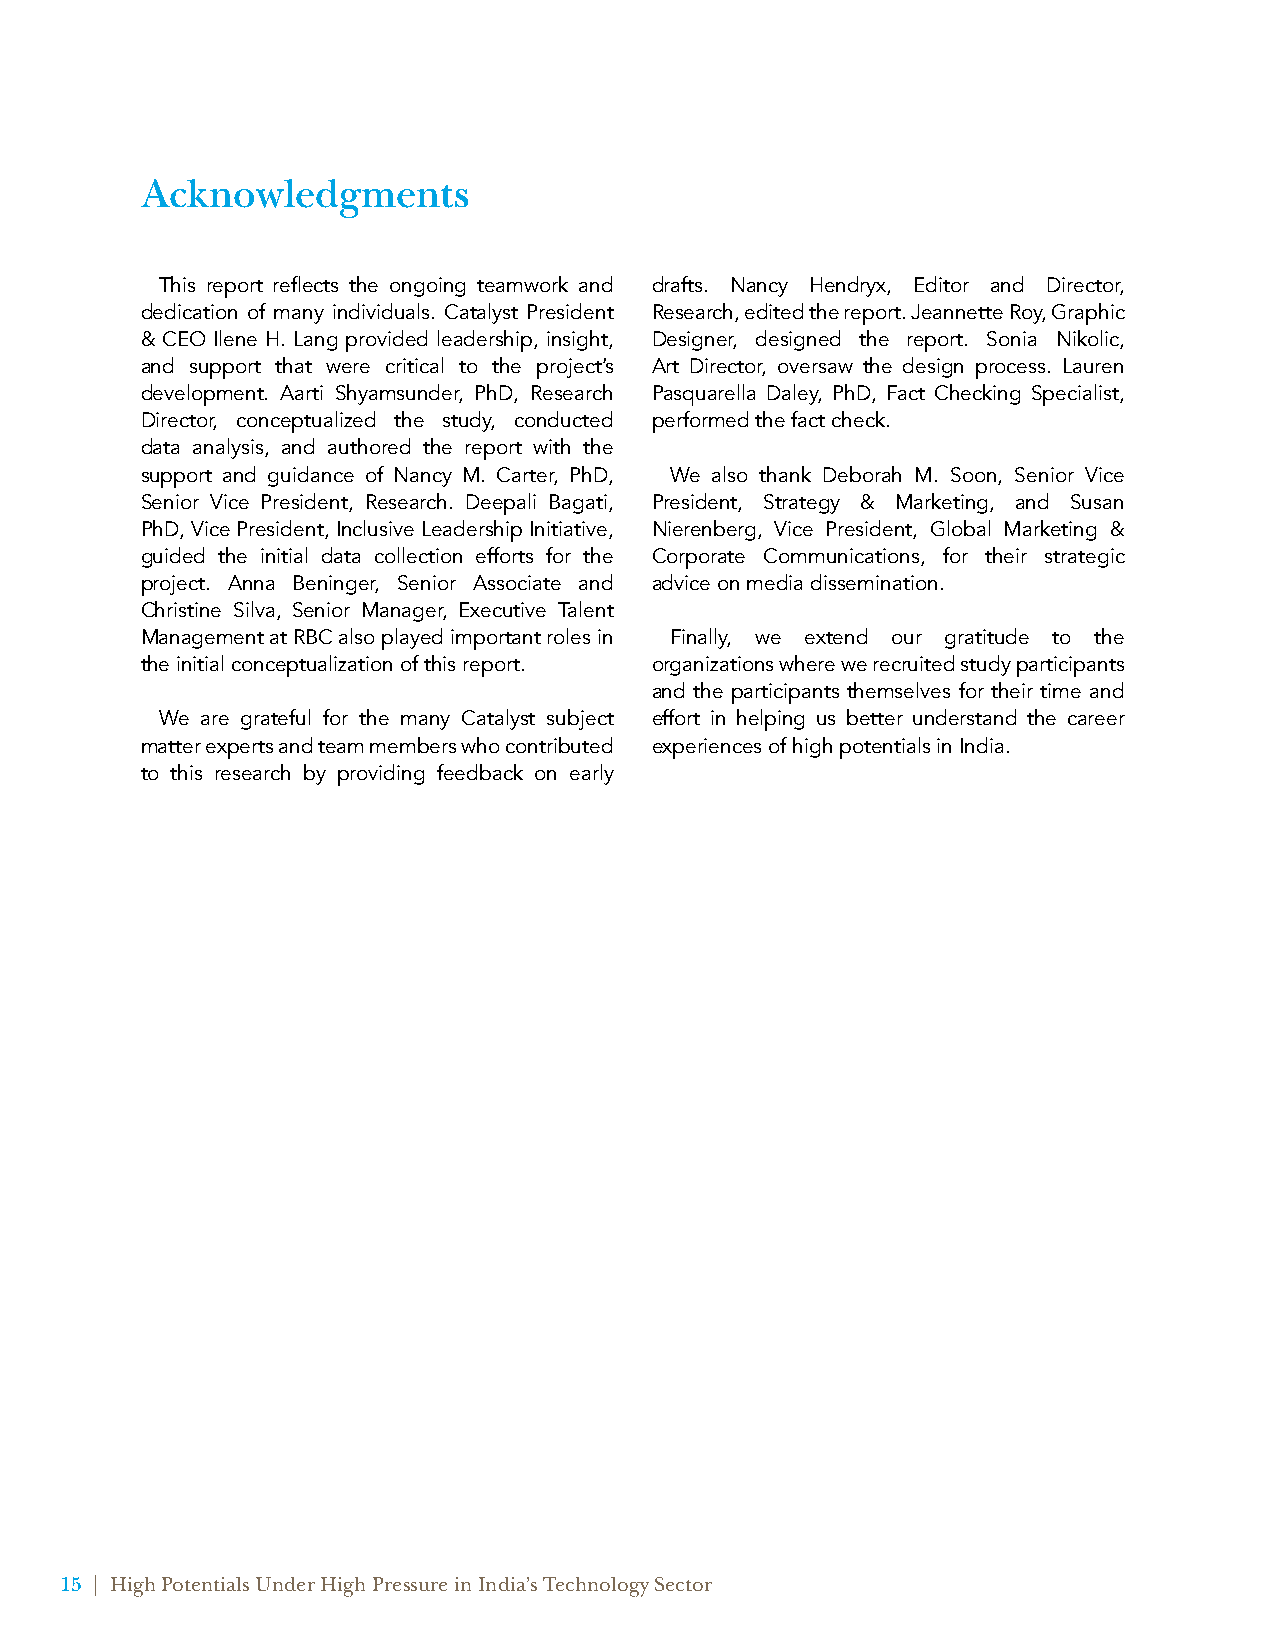
Acknowledgments
 This report reflects the ongoing teamwork and drafts. Nancy Hendryx, Editor and Director,
 dedication of many individuals. Catalyst President Research, edited the report. Jeannette Roy, Graphic
 & CEO Ilene H. Lang provided leadership, insight, Designer, designed the report. Sonia Nikolic,
 and support that were critical to the project’s Art Director, oversaw the design process. Lauren
 development. Aarti Shyamsunder, PhD, Research Pasquarella Daley, PhD, Fact Checking Specialist,
 Director, conceptualized the study, conducted performed the fact check.
 data analysis, and authored the report with the
 support and guidance of Nancy M. Carter, PhD, We also thank Deborah M. Soon, Senior Vice
 Senior Vice President, Research. Deepali Bagati, President, Strategy & Marketing, and Susan
 PhD, Vice President, Inclusive Leadership Initiative, Nierenberg, Vice President, Global Marketing &
 guided the initial data collection efforts for the Corporate Communications, for their strategic
 project. Anna Beninger, Senior Associate and advice on media dissemination.
 Christine Silva, Senior Manager, Executive Talent
 Management at RBC also played important roles in Finally, we extend our gratitude to the
 the initial conceptualization of this report. organizations where we recruited study participants
 and the participants themselves for their time and
 We are grateful for the many Catalyst subject effort in helping us better understand the career
 matter experts and team members who contributed experiences of high potentials in India.
 to this research by providing feedback on early
 15 | High Potentials Under High Pressure in India’s Technology Sector